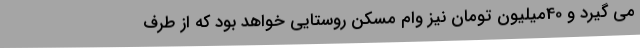
می گیرد و 40میلیون تومان نیز وام مسکن روستایی خواهد بود که از طرف